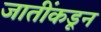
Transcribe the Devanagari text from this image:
जातींकडून